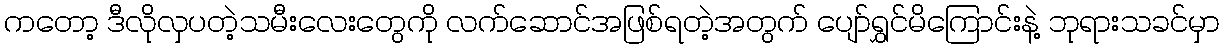
ကတော့ ဒီလိုလှပတဲ့သမီးလေးတွေကို လက်ဆောင်အဖြစ်ရတဲ့အတွက် ပျော်ရွှင်မိကြောင်းနဲ့ ဘုရားသခင်မှာ